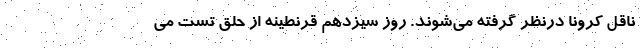
ناقل کرونا درنظر گرفته می‌شوند. روز سیزدهم قرنطینه از حلق تست می‌